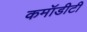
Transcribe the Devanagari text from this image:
कमॉडीटी